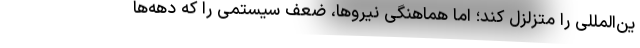
ین‌المللی را متزلزل کند؛ اما هماهنگی نیروها، ضعف سیستمی را که دهه‌ها